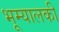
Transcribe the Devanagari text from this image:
भूम्यालकी